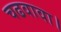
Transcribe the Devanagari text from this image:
चढवावा।